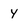
Character: y